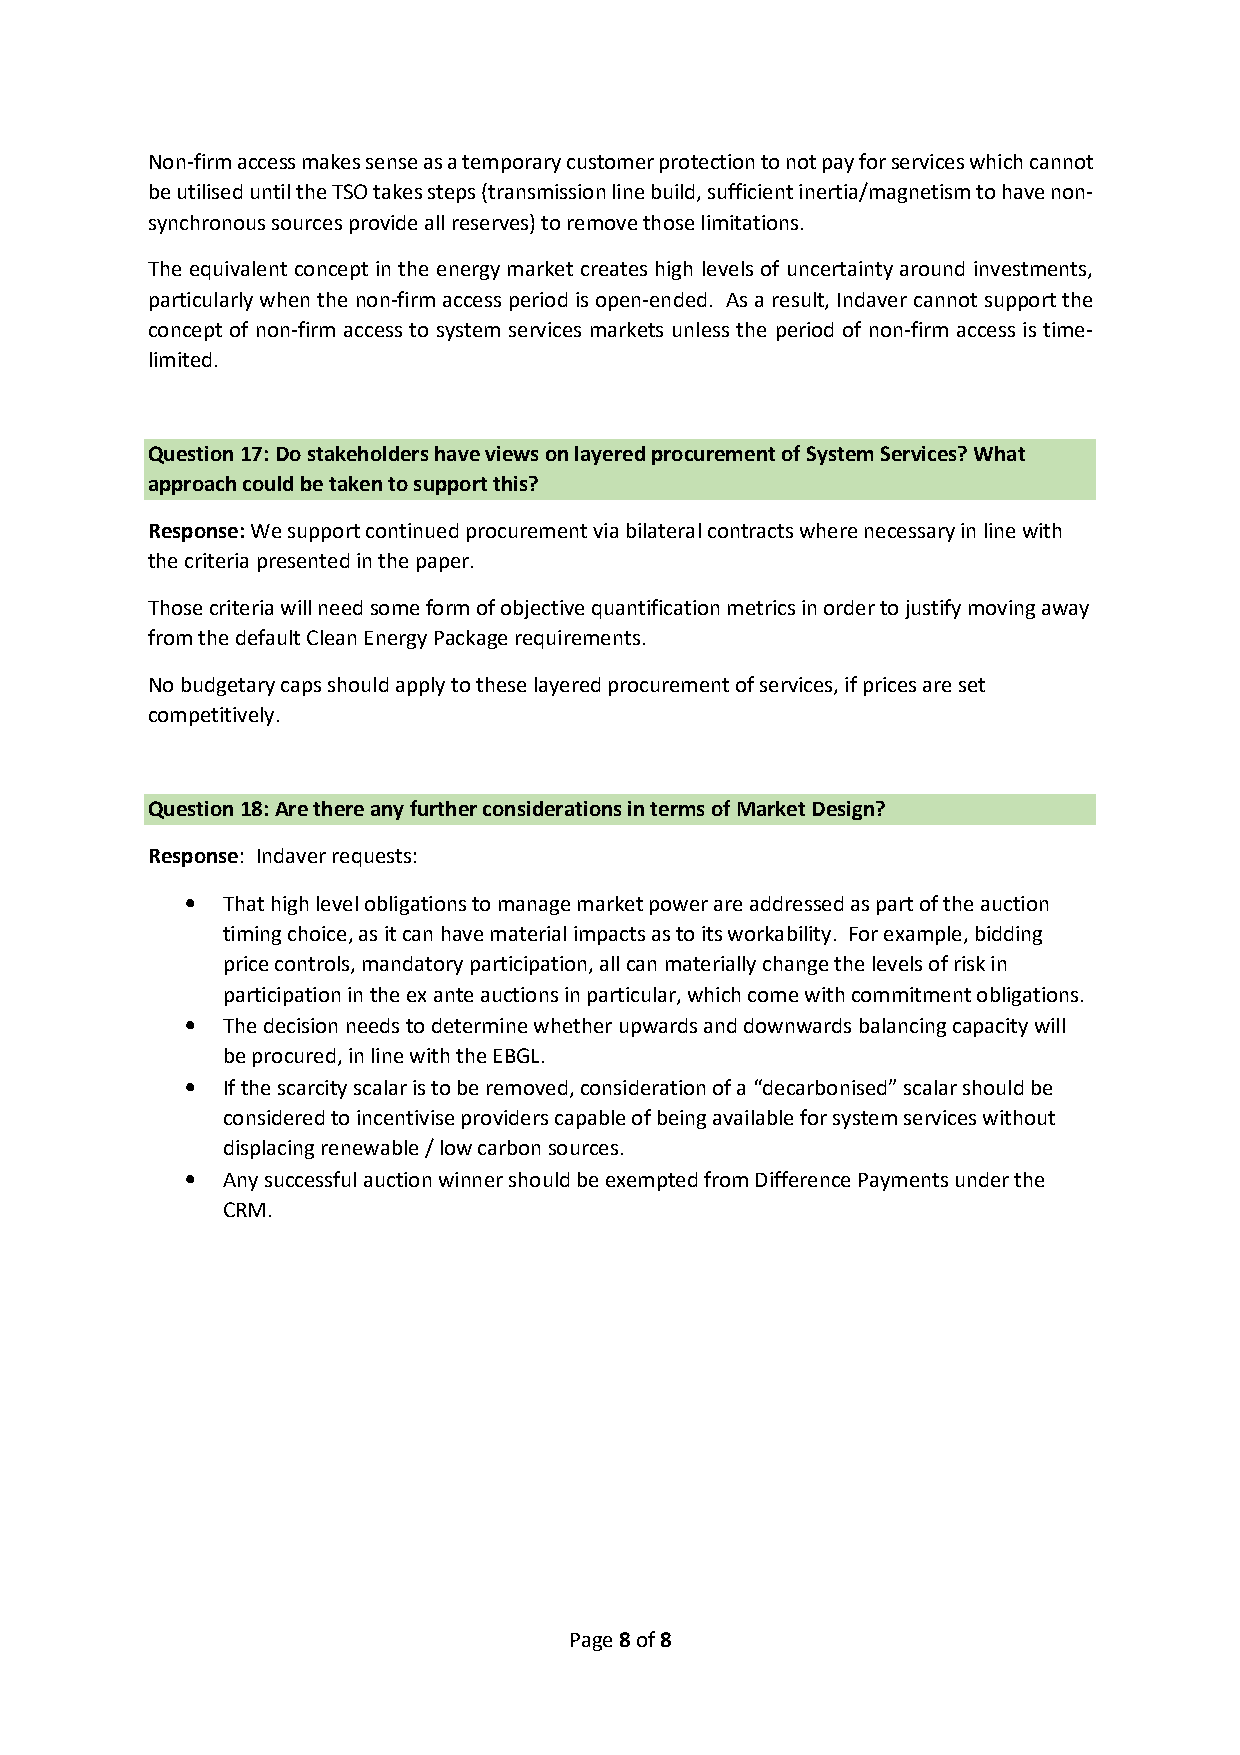
Non-firm access makes sense as a temporary customer protection to not pay for services which cannot
 be utilised until the TSO takes steps (transmission line build, sufficient inertia/magnetism to have non-
 synchronous sources provide all reserves) to remove those limitations.
 The equivalent concept in the energy market creates high levels of uncertainty around investments,
 particularly when the non-firm access period is open-ended. As a result, Indaver cannot support the
 concept of non-firm access to system services markets unless the period of non-firm access is time-
 limited.
 Question 17: Do stakeholders have views on layered procurement of System Services? What
 approach could be taken to support this?
 Response: We support continued procurement via bilateral contracts where necessary in line with
 the criteria presented in the paper.
 Those criteria will need some form of objective quantification metrics in order to justify moving away
 from the default Clean Energy Package requirements.
 No budgetary caps should apply to these layered procurement of services, if prices are set
 competitively.
 Question 18: Are there any further considerations in terms of Market Design?
 Response: Indaver requests:
 •  That high level obligations to manage market power are addressed as part of the auction
 timing choice, as it can have material impacts as to its workability. For example, bidding
 price controls, mandatory participation, all can materially change the levels of risk in
 participation in the ex ante auctions in particular, which come with commitment obligations.
 •  The decision needs to determine whether upwards and downwards balancing capacity will
 be procured, in line with the EBGL.
 •  If the scarcity scalar is to be removed, consideration of a “decarbonised” scalar should be
 considered to incentivise providers capable of being available for system services without
 displacing renewable / low carbon sources.
 •  Any successful auction winner should be exempted from Difference Payments under the
 CRM.
 Page 8 of 8